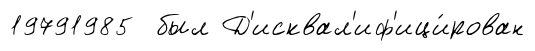
19791985 был Д'исквал'иф'ици́рован